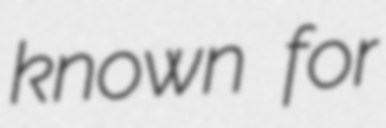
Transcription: known for